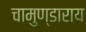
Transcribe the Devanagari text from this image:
चामुण्डाराय